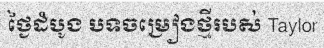
ថ្ងៃដំបូង បទចម្រៀងថ្មីរបស់ Taylor